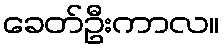
ခေတ်ဦးကာလ။